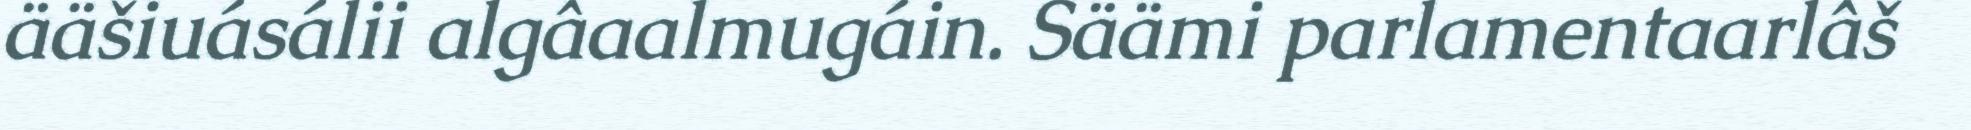
ääšiuásálii algâaalmugáin. Säämi parlamentaarlâš